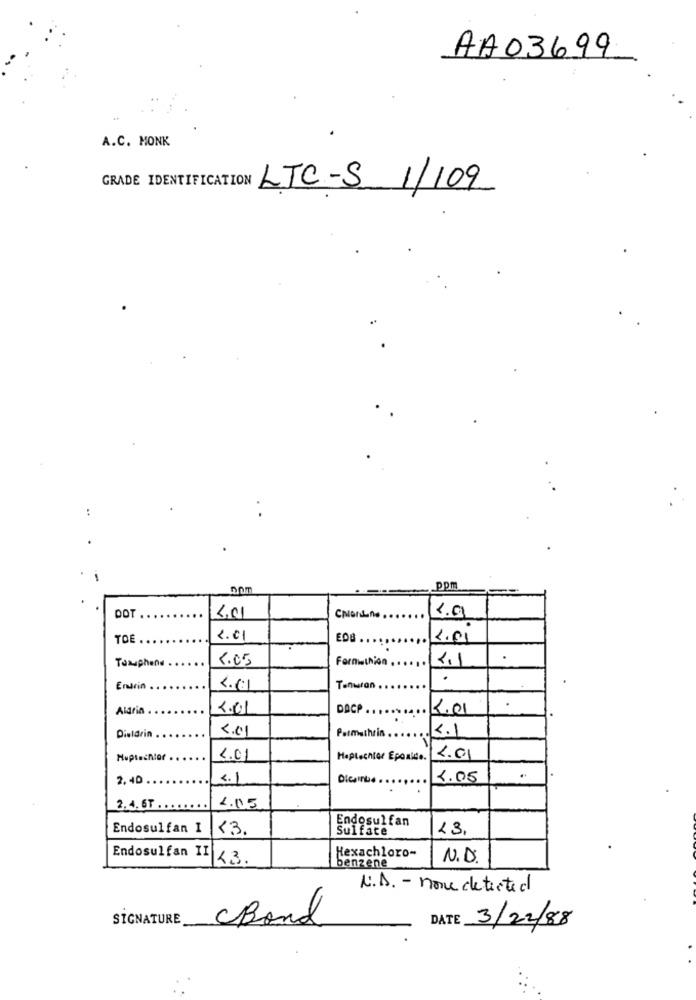
AA03699
A.C. MONK
GRADE IDENTIFICATION LTC-S 1/109
ppm
3.01
1.9
TOE
2.01
EOB . ..
1.01
Taxuphend
8.05
Formminion.
2,1
Endrin
Tenwlan
Alaria
2.01
DACP
4.01
2.0
Permethrin
K.1
Dieldrin .
4.01
Haptechtor Epoaide.
2.01
2.40.
5.1
Dicanbe ...
1.05
2.4.6T .
2.05
Endosulfan
Endosulfan I
<3.
Sulface
13.
Endosulfan II
Hexachloro-
23.
N.D.
benzene
N.D. - none detected
SIGNATURE
Bond
DATE
3/22/88